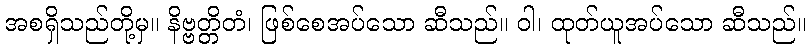
အစရှိသည်တို့မှ။ နိဗ္ဗတ္တိတံ၊ ဖြစ်စေအပ်သော ဆီသည်။ ဝါ၊ ထုတ်ယူအပ်သော ဆီသည်။